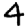
Digit: 4